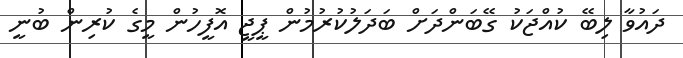
ދައުވާ ލިބޭ ކުއްޖަކު ގޭބަންދަށް ބަދަލުކުރުމުން ޕީޖީ އޮފީހުން މީގެ ކުރިން ބުނީ